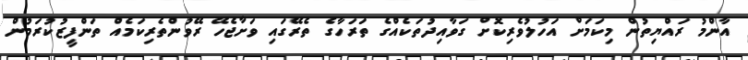
އާންމު ރައްޔިތުން މިކަމަށް އަހުލުވެރިކޮށް ގަވާއިދުތަކެއްގެ ތަރަހާގެ ތެރޭގައި ވަށާޖެހޭ ރޭވުންތެރިކަމެއް ތަންފީޒުކުރަމުން